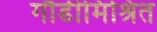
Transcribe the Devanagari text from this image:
गौडीमिश्रित